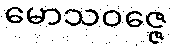
မောသဝဇ္ဇေ